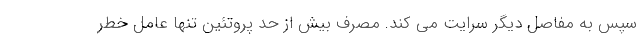
سپس به مفاصل دیگر سرایت می کند. مصرف بیش از حد پروتئین تنها عامل خطر